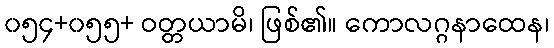
၀၅၄+၀၅၅+ ဝတ္တယာမိ၊ ဖြစ်၏။ ကောလဂ္ဂနာထေန၊